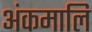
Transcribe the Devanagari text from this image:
अंकमालि